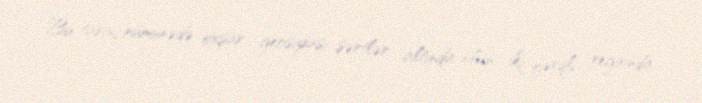
Bu tarixi nümunədə oxşar geosiyasi şərtlər altında olan iki fərqli regionda